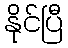
နိုင်ပြီ